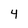
Character: 4